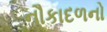
નૌકાદળનો